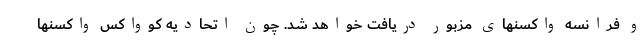
و فرانسه واکسنهای مزبور دریافت خواهد شد. چون اتحادیه کوواکس واکسنها